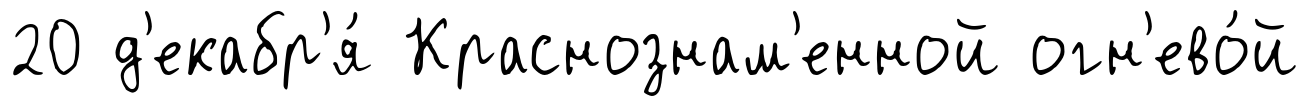
20 д'екабр'я́ Краснознам'енной огн'ево́й